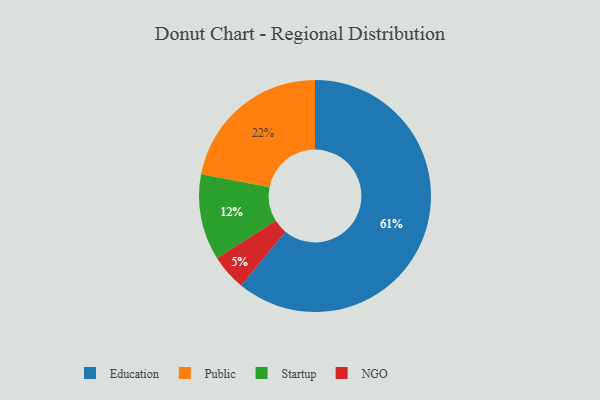
{"axis": {"x": "Category", "y": "Percentage"}, "legend": ["Education", "NGO", "Public", "Startup"], "data": [{"x": "Public", "y": 22, "type": "Public"}, {"x": "Startup", "y": 12, "type": "Startup"}, {"x": "Education", "y": 61, "type": "Education"}, {"x": "NGO", "y": 5, "type": "NGO"}]}